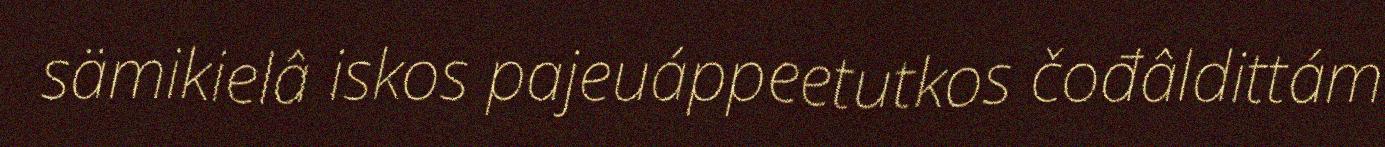
sämikielâ iskos pajeuáppeetutkos čođâldittám